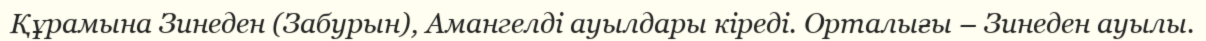
Құрамына Зинеден (Забурын), Амангелді ауылдары кіреді. Орталығы – Зинеден ауылы.